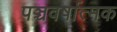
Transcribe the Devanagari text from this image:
पञ्चवर्षात्मक